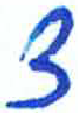
אות: צ